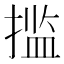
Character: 㨫